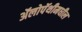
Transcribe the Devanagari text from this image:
ॲलोपॅथीमधील